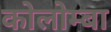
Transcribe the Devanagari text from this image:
कोलोम्बा